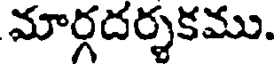
మార్గదర్శకము.